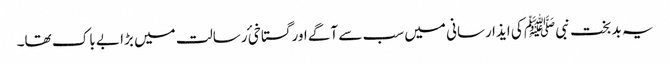
یہ بد بخت نبی ﷺ کی ایذا رسانی میں سب سے آگے اور گستاخیٔ رسالت میں بڑا بے باک تھا۔